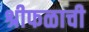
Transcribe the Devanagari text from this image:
श्रीफळाची